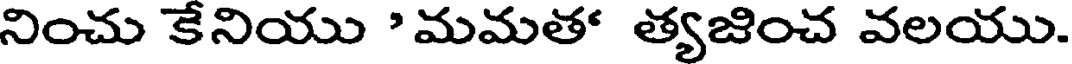
నించు కేనియు ' మమత త్యజించ వలయు.